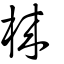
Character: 棶